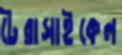
টেরাসাইকেল